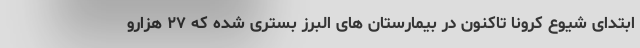
ابتدای شیوع کرونا تاکنون در بیمارستان های البرز بستری شده که ۲۷ هزارو